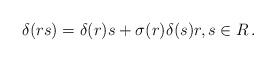
LaTeX: \begin{align*}\delta(rs) = \delta(r) s + \sigma(r) \delta(s) r,s \in R\, .\end{align*}